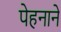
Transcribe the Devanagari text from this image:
पेहनाने